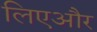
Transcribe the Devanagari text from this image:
लिएऔर